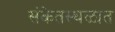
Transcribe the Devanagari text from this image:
संकेतस्थळात